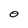
Character: O